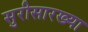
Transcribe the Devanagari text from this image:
सुरीसारख्या